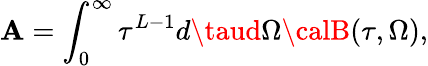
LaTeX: {\cal\mathbf{A}}=\int_{0}^{\infty}\tau^{L-1}d\taud\Omega{\calB}(\tau,\Omega),